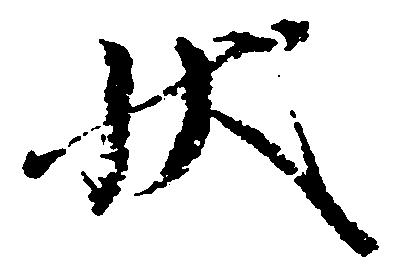
状